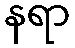
နရာ